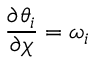
\frac { \partial \theta _ { i } } { \partial \chi } = \omega _ { i }